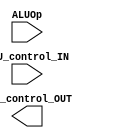
module ALUcontrol(ALUOp, ALU_control_IN, ALU_control_OUT);

input [1:0] ALUOp;
input [3:0] ALU_control_IN;

wire fun3;
wire fun7;
output [3:0] ALU_control_OUT;

assign fun3 = ALU_control_IN[2:0];
assign fun7 = ALU_control_IN[3];

always @(*) begin
    case(fun3)
    3'b000: $display("ADD");


    endcase

    
end

endmodule